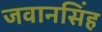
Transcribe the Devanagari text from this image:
जवानसिंह